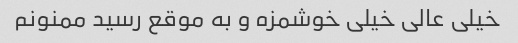
خیلی عالی خیلی خوشمزه و به موقع رسید ممنونم